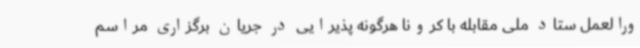
ورالعمل ستاد ملی مقابله با کرونا هرگونه پذیرایی در جریان برگزاری مراسم